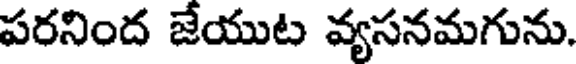
పరనింద జేయుట వ్యసనమగును.